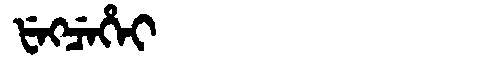
Manchu: ᡶᡝᡴᠴᡝᡥᡝᡳ
Romanization: FEKCEHEI